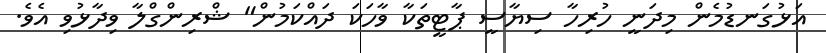
އަޅުގަނޑުމެން މިދަނީ ހުރިހާ ސިޔާސީ ޕާޓީތަކާ ވާހަކަ ދައްކަމުން" ޝްރިންގްލާ ވިދާޅުވި އެވެ.